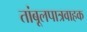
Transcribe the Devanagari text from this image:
तांबूलपात्रवाहक